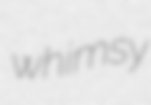
whimsy